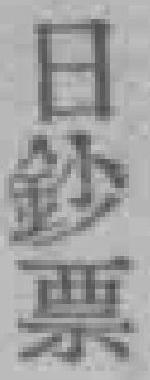
日纱票